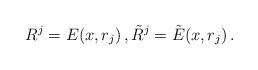
LaTeX: \begin{align*}R^j=E(x,r_j)\, ,\tilde R^j=\tilde E(x,r_j) \, . \end{align*}